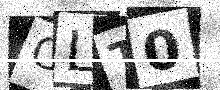
Text: CLT0